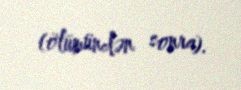
(ölümündən sonra).